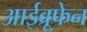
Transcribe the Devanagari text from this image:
आईब्रूफेन